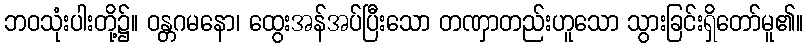
ဘဝသုံးပါးတို့၌။ ဝန္တဂမနော၊ ထွေးအန်အပ်ပြီးသော တဏှာတည်းဟူသော သွားခြင်းရှိတော်မူ၏။